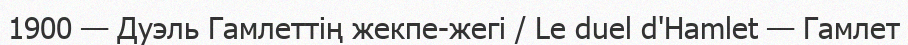
1900 — Дуэль Гамлеттің жекпе-жегі / Le duel d'Hamlet — Гамлет